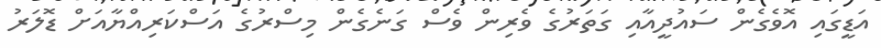
އަޑީގައި އޮވެގެން ސައުދީއާއި ގަތަރުގެ ވެރިން ވެސް ގަނެގެން މިސްރުގެ އަސްކަރިއްޔާއަށް ޑޮލަރު